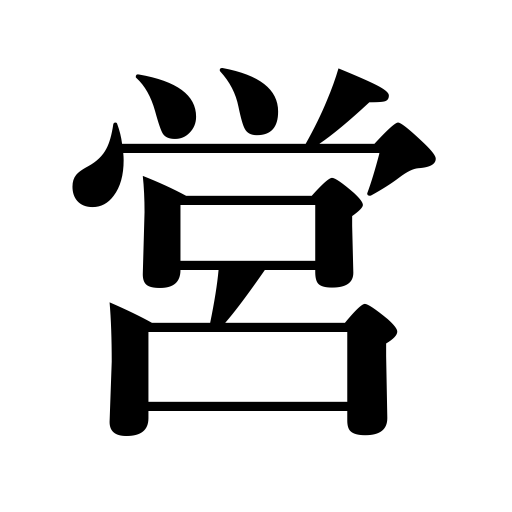
Meanings: build,operate  a store,camp,conduct business,follow a profession,performing,perform ceremoies